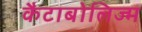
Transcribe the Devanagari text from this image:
कैटाबोलिज्म